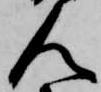
人